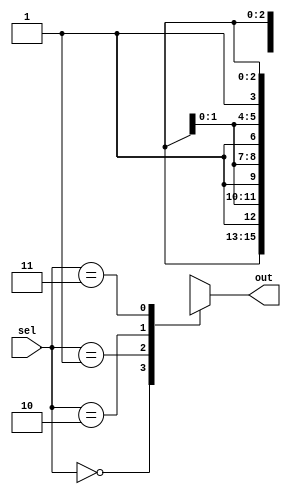
module dmux_1_4_sc(out, sel);
	
	output [3:0]out;
	input [1:0]sel;
	reg [3:0]out;
	
	//assign in = 1'd1;
	always @(sel)
		begin
			case({sel[1], sel[0]})
				2'd0 : out = 4'bxxx1;
				2'd1 : out = 4'bxx1x;
				2'd2 : out = 4'bx1xx;
				2'd3 : out = 4'b1xxx;
			endcase
		end
endmodule